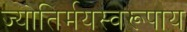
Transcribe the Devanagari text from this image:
ज्योतिर्मयस्वरूपाय